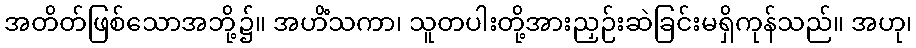
အတိတ်ဖြစ်သောအဘို့၌။ အဟိံသကာ၊ သူတပါးတို့အားညှဉ်းဆဲခြင်းမရှိကုန်သည်။ အဟု၊